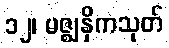
၁၂၊ မဇ္ဈနှိကသုတ်